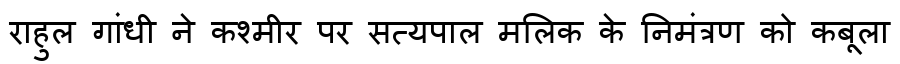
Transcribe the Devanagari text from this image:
राहुल गांधी ने कश्मीर पर सत्यपाल मलिक के निमंत्रण को कबूला